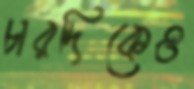
চারদিকেও